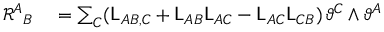
\begin{array} { r l } { \mathcal { R } ^ { A } { } _ { B } } & { { } = \sum _ { C } ( \mathsf { L } _ { A B , C } + \mathsf { L } _ { A B } \mathsf { L } _ { A C } - \mathsf { L } _ { A C } \mathsf { L } _ { C B } ) \, \vartheta ^ { C } \wedge \vartheta ^ { A } } \end{array}